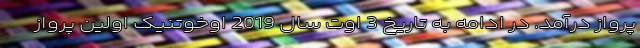
پرواز درآمد. در ادامه به تاریخ 3 اوت سال 2019 اوخوتنیک اولین پرواز